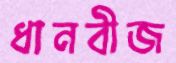
ধানবীজ